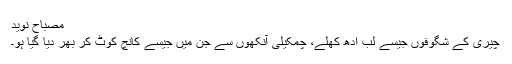
مصباح نوید
چیری کے شگوفوں جیسے لب ادھ کھلے، چمکیلی آنکھوں سے جن میں جیسے کانچ کوٹ کر بھر دیا گیا ہو۔